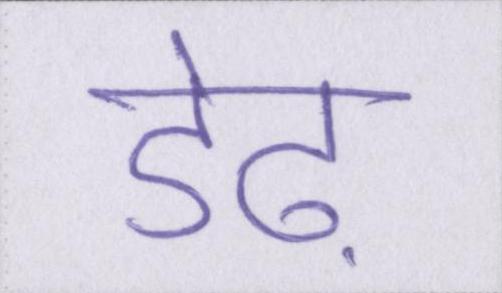
डेढ़